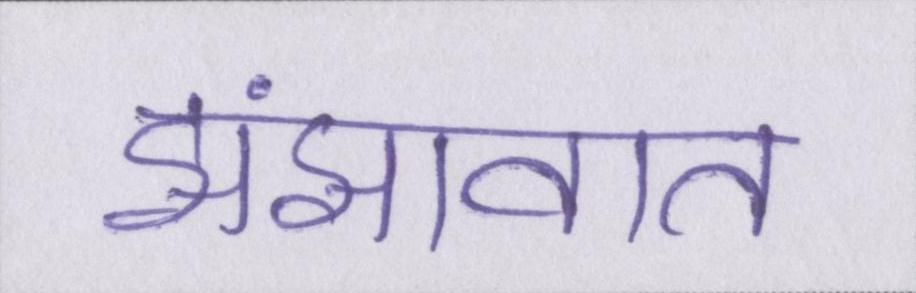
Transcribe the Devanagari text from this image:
झंझावात